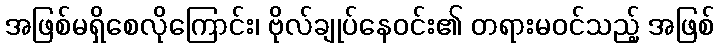
အဖြစ်မရှိစေလိုကြောင်း၊ ဗိုလ်ချုပ်နေဝင်း၏ တရားမဝင်သည့် အဖြစ်